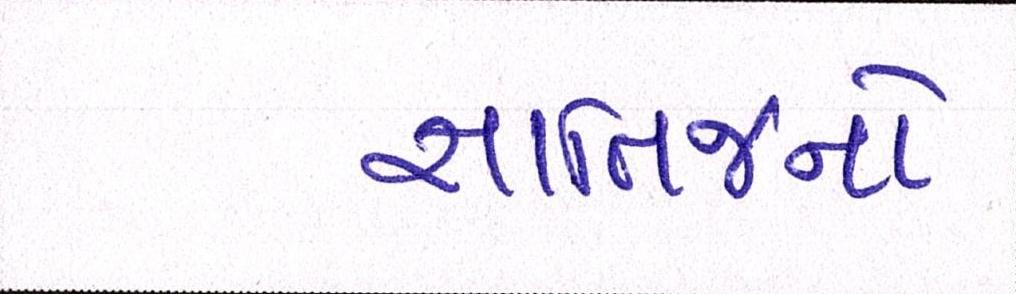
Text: જ્ઞાતિજનો